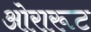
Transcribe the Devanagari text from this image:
ओरारूट